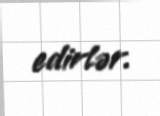
edirlər.